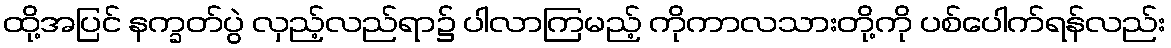
ထို့အပြင် နက္ခတ်ပွဲ လှည့်လည်ရာ၌ ပါလာကြမည့် ကိုကာလသားတို့ကို ပစ်ပေါက်ရန်လည်း